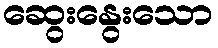
ဆွေးနွေးသော